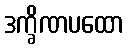
ဒက္ခိဏပထော